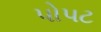
પોપટ